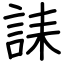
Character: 誄